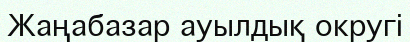
Жаңабазар ауылдық округі